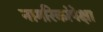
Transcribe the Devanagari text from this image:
नागरिकांपेक्षा